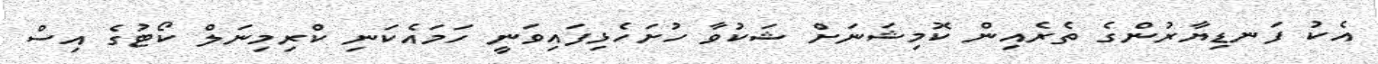
އެކު ފަނޑިޔާރުންގެ ތެރެއިން ކޮމިޝަނަށް ޝަކުވާ ހުށަހެޅިފައިވަނީ ހަމައެކަނި ކްރިމިނަލް ކޯޓުގެ އިސް